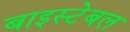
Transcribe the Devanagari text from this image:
बाइस्टेबल